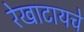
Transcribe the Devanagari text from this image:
रेखाटायचे